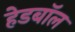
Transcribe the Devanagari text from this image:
हेडबॉल